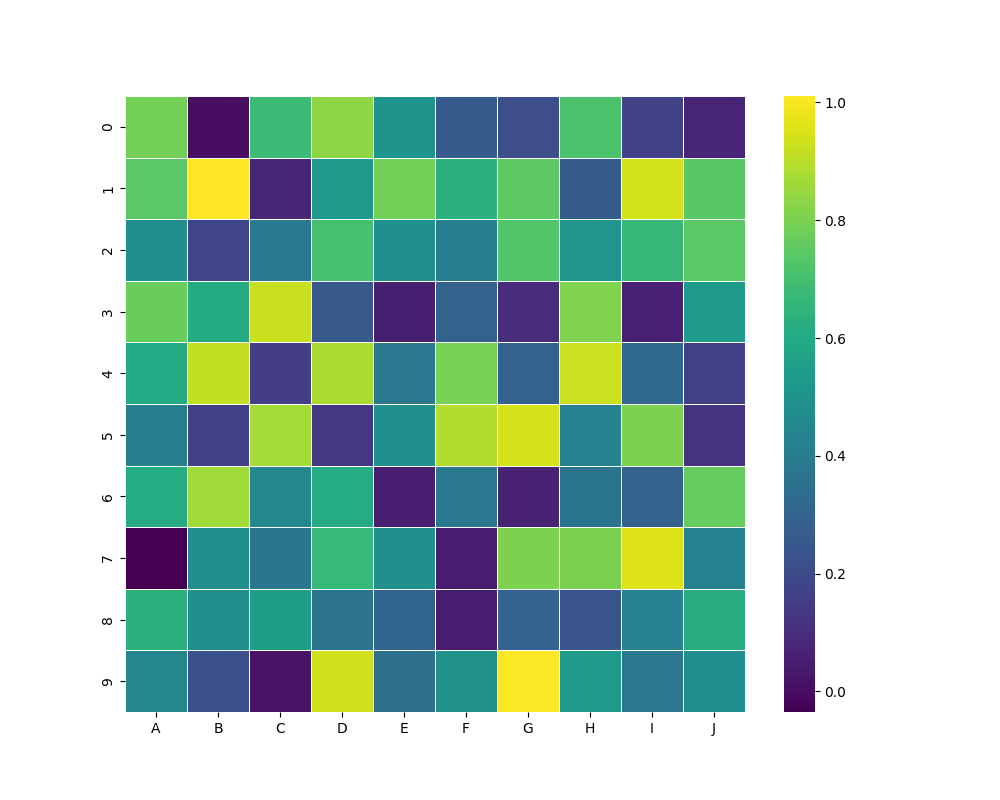
python, seaborn, heatmap, cmap='viridis', linewidths=0.5, center=none